Reports on military cantonments and civil stations in the Presidency of Bombay inspected by the Sanitary Commissioner in the years 1875 and 1876
Year: 1875
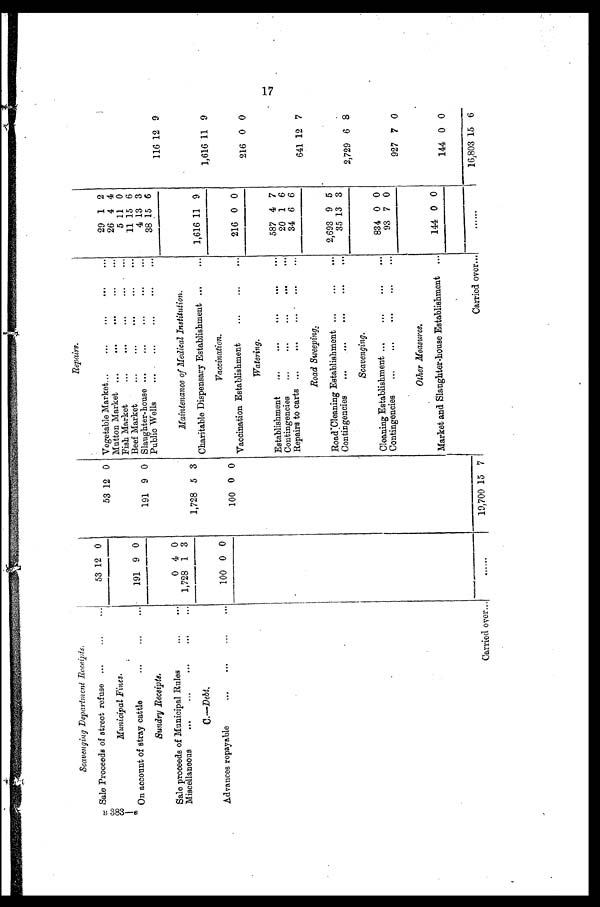
Scavenging Department Receipts.
Repairs.
Sale Proceeds of street refuse ...
...
...
53 12 0
53 12 0 Vegetable Market...
...
...
...
...
29 1 2
M u n i c i p a l F i n e s .
Mutton Market ...
...
...
...
. . .
26 4 4
Fish Market
...
...
...
...
. . .
. . .
5 11 0
On account of stray cattle
...
...
...
191 9 0
Beef Market
...
...
...
...
. . .
11 15 6
191 9 0 Slaughter-house ...
...
...
...
...
4 13 3
Sundry Receipts.
Public Wells
...
...
...
. . .
38 15 6
116 12 9
Sale proceeds of Municipal Rules
...
...
0 4 0
Miscellaneous
...
...
...
...
... 1,728 1 3
Maintenance of Medical Institution.
1,728 5 3
C.—D e b t .
Charitable Dispensary Establishment ...
. . . 1,616 11 9
1,616 11 9
Advances repayable
...
...
...
. . .
100 0 0
V a c c i n a t i o n .
100 0 0
Vaccination Establishment
...
...
. . .
216 0 0
216 0 0
Watering.
Establishment
...
...
...
...
...
587 4 7
Contingencies ...
...
...
...
. . .
20 1 6
Repairs to carts ...
...
...
. . .
. . .
. . .
34 6 6
641 12 7
R o a d S w e e p i n g .
Road Cleaning Establishment ...
...
... 2,693 9 5
.
Contingencies ...
...
...
....
35 13 3
2,729 6 8
Scavenging.
Cleaning Establishment ...
...
...
834 0 0
Contingencies ...
...
...
...
. . .
93 7 0
927 7 0
O t h e r M e a s u r e s .
Market and Slaughter-house Establishment ...
144 0 0
144 0 0
Carried over...
Carried over...
. . . . . .
. . . . . .
19,700 15 7
16,803 15 6